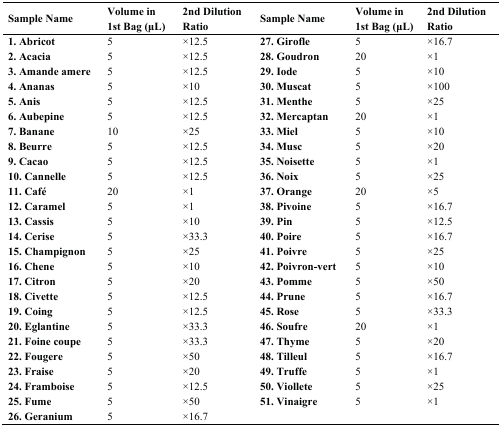
| Sample Name | Volume in 1st Bag (μL) | 2nd Dilution Ratio | Sample Name | Volume in 1st Bag (μL) | 2nd Dilution Ratio |
 | --- | --- | --- | --- | --- | --- |
 | 1. Abricot | 5 | ×12.5 | 27. Girofle | 5 | ×16.7 |
 | 2. Acacia | 5 | ×12.5 | 28. Goudron | 20 | ×1 |
 | 3. Amande amere | 5 | ×12.5 | 29. Iode | 5 | ×10 |
 | 4. Ananas | 5 | ×10 | 30. Muscat | 5 | ×100 |
 | 5. Anis | 5 | ×12.5 | 31. Menthe | 5 | ×25 |
 | 6. Aubepine | 5 | ×12.5 | 32. Mercaptan | 20 | ×1 |
 | 7. Banane | 10 | ×25 | 33. Miel | 5 | ×10 |
 | 8. Beurre | 5 | ×12.5 | 34. Musc | 5 | ×20 |
 | 9. Cacao | 5 | ×12.5 | 35. Noisette | 5 | ×1 |
 | 10. Cannelle | 5 | ×12.5 | 36. Noix | 5 | ×25 |
 | 11. Café | 20 | ×1 | 37. Orange | 20 | ×5 |
 | 12. Caramel | 5 | ×1 | 38. Pivoine | 5 | ×16.7 |
 | 13. Cassis | 5 | ×10 | 39. Pin | 5 | ×12.5 |
 | 14. Cerise | 5 | ×33.3 | 40. Poire | 5 | ×16.7 |
 | 15. Champignon | 5 | ×25 | 41. Poivre | 5 | ×25 |
 | 16. Chene | 5 | ×10 | 42. Poivron-vert | 5 | ×10 |
 | 17. Citron | 5 | ×20 | 43. Pomme | 5 | ×50 |
 | 18. Civette | 5 | ×12.5 | 44. Prune | 5 | ×16.7 |
 | 19. Coing | 5 | ×12.5 | 45. Rose | 5 | ×33.3 |
 | 20. Eglantine | 5 | ×33.3 | 46. Soufre | 20 | ×1 |
 | 21. Foine coupe | 5 | ×33.3 | 47. Thyme | 5 | ×20 |
 | 22. Fougere | 5 | ×50 | 48. Tilleul | 5 | ×16.7 |
 | 23. Fraise | 5 | ×20 | 49. Truffe | 5 | ×1 |
 | 24. Framboise | 5 | ×12.5 | 50. Viollete | 5 | ×25 |
 | 25. Fume | 5 | ×50 | 51. Vinaigre | 5 | ×1 |
 | 26. Geranium | 5 | ×16.7 |  |  |  |